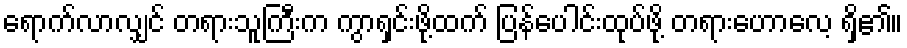
ရောက်လာလျှင် တရားသူကြီးက ကွာရှင်းဖို့ထက် ပြန်ပေါင်းထုပ်ဖို့ တရားဟောလေ့ ရှိ၏။